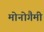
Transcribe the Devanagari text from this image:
मोनोगैमी